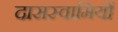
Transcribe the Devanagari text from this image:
दासस्वामियों